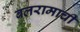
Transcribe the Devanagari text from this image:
बलरामाची